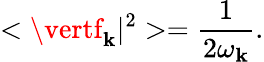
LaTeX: <\vertf_{\mathbf{k}}\vert^{2}>={\frac{{1}}{{2\omega_{\mathbf{k}}}}}.